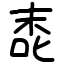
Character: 唜